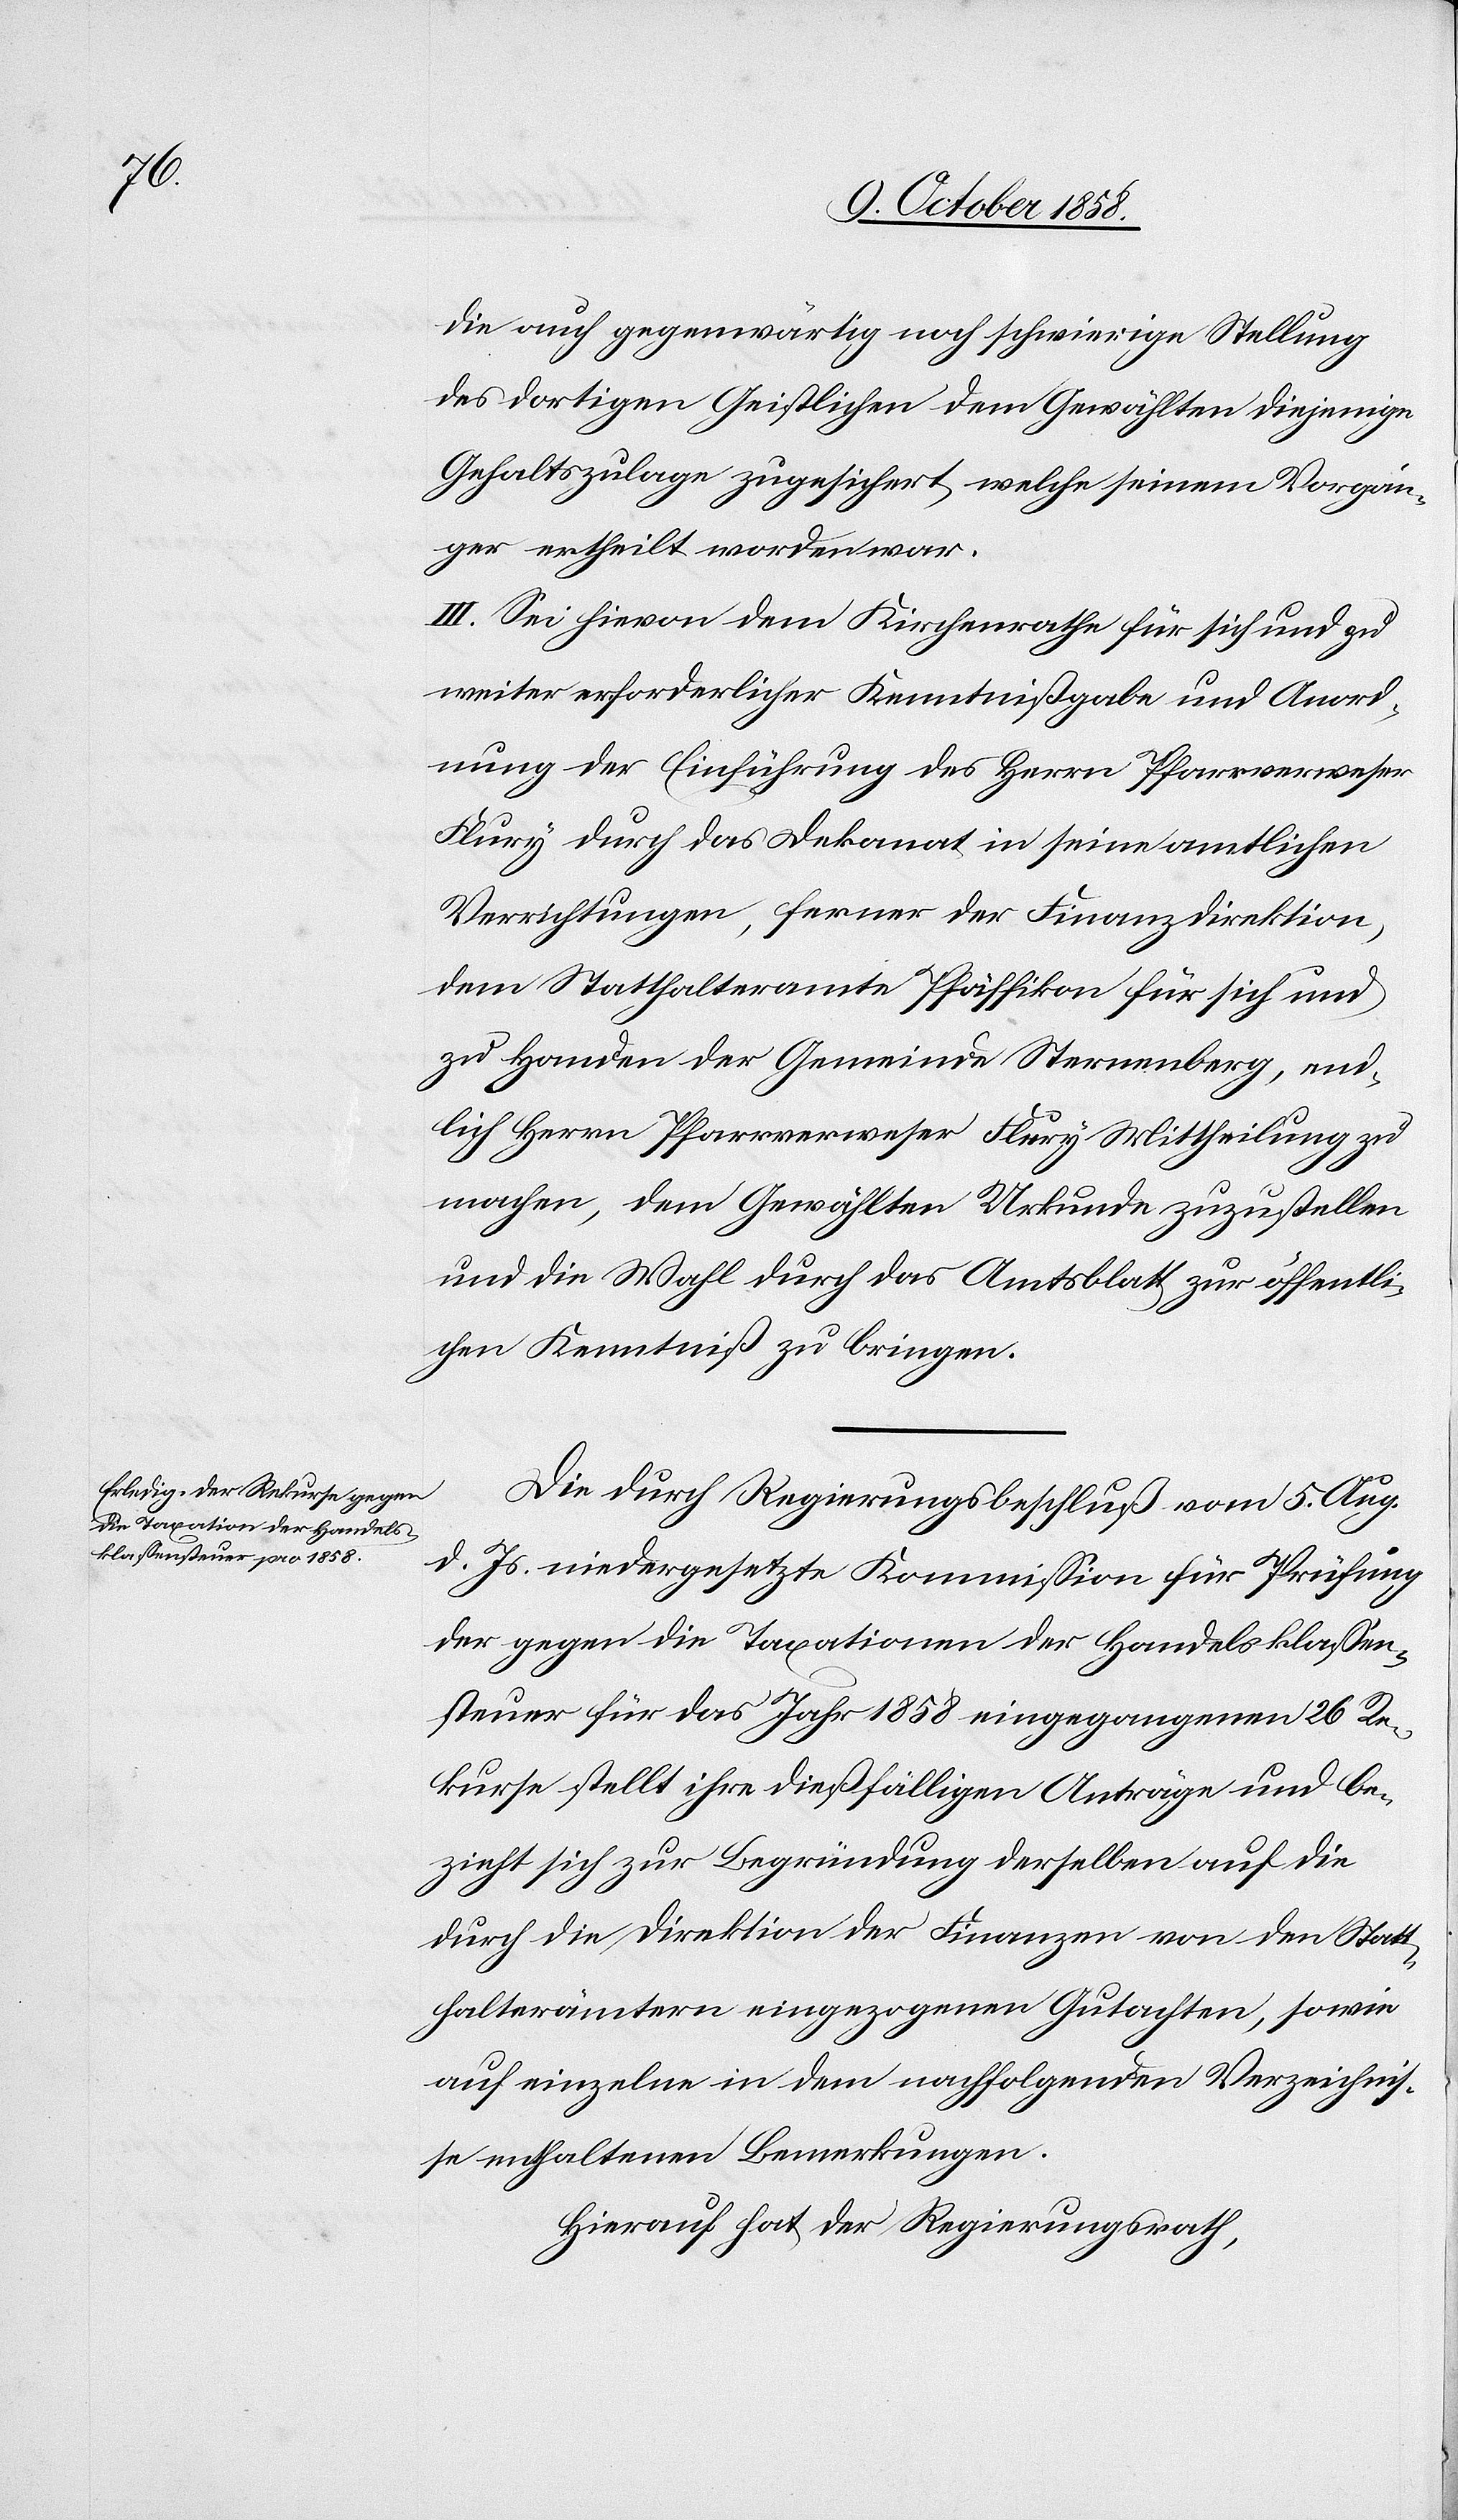
die auch gegenwärtig noch schwierige Stellung
des dortigen Geistlichen dem Gewählten diejenige
Gehaltszulage zugesichert, welche seinem Vorgän¬
ger ertheilt worden war.
III. Sei hievon dem Kirchenrathe für sich und zu
weiter erforderlicher Kenntnißgabe und Anord¬
nung der Einführung des Herrn Pfarrverweser
Flury durch das Dekanat in seine amtlichen
Verrichtungen, ferner der Finanzdirektion,
dem Statthalteramte Pfäffikon für sich und
zu Handen der Gemeinde Sternenberg, end¬
lich Herrn Pfarrverweser Flury Mittheilung zu
machen, dem Gewählten Urkunde zuzustellen
und die Wahl durch das Amtsblatt zur öffentli¬
chen Kenntniß zu bringen.
Die durch Regierungsbeschluß vom 5. Aug.
d. Js. niedergesetzte Kommission für Prüfung
der gegen die Taxationen der Handelsklassen¬
steuer für das Jahr 1858 eingegangenen 26 Re¬
kurse stellt ihre dießfälligen Anträge und be¬
zieht sich zur Begründung derselben auf die
durch die Direktion der Finanzen von den Statt¬
halterämtern eingezogenen Gutachten, sowie
auf einzelne in dem nachfolgenden Verzeichnis¬
se enthaltenen Bemerkungen.
Hierauf hat der Regierungsrath,